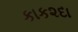
કાક૨દા